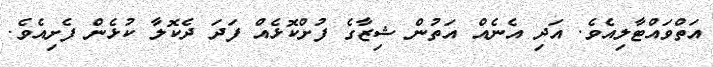
އަތްވައްޓާލިއެވެ. އަދި އެނެއް އަތުން ޝިޒާގެ ފުށްކޮޅެއް ފަދަ ދެކޮލާ ކުޅެން ފެށިއެވެ.